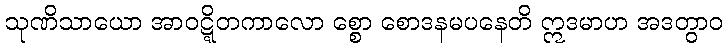
သုဏိသာယော အာဝဋ္ဋိတကာလော စ္စော စောဒနမပနေတိ ဣဒမာဟ အဒတွာဝ